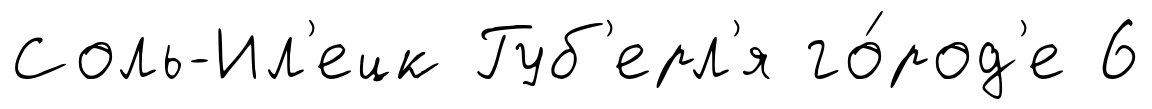
Соль-Ил'ецк Губ'ерл'я го́род'е 6